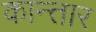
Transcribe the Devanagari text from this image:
कान्तार